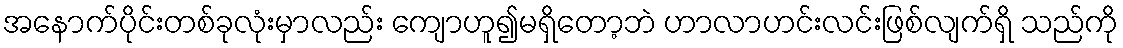
အနောက်ပိုင်းတစ်ခုလုံးမှာလည်း ကျောဟူ၍မရှိတော့ဘဲ ဟာလာဟင်းလင်းဖြစ်လျက်ရှိ သည်ကို